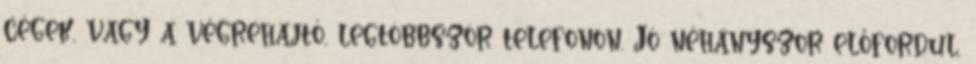
cégek, vagy a végrehajtó, legtöbbször telefonon. Jó néhányszor előfordul,